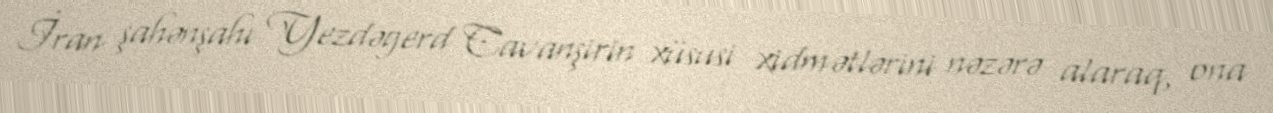
İran şahənşahı Yezdəgerd Cavanşirin xüsusi xidmətlərini nəzərə alaraq, ona